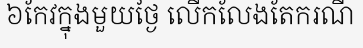
៦កែវក្នុងមួយថ្ងៃ លើកលែងតែករណី